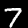
Label: 7